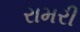
રામરી